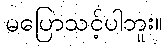
မပြောသင့်ပါဘူး။